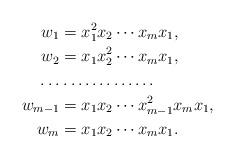
LaTeX: \begin{align*}w_1&=x_1^2x_2\cdots x_mx_1,\\w_2&=x_1x_2^2\cdots x_mx_1,\\\ldots&\hbox to 2.5cm{\dotfill}\\w_{m-1}&=x_1x_2\cdots x_{m-1}^2x_mx_1,\\w_m&=x_1x_2\cdots x_mx_1.\end{align*}